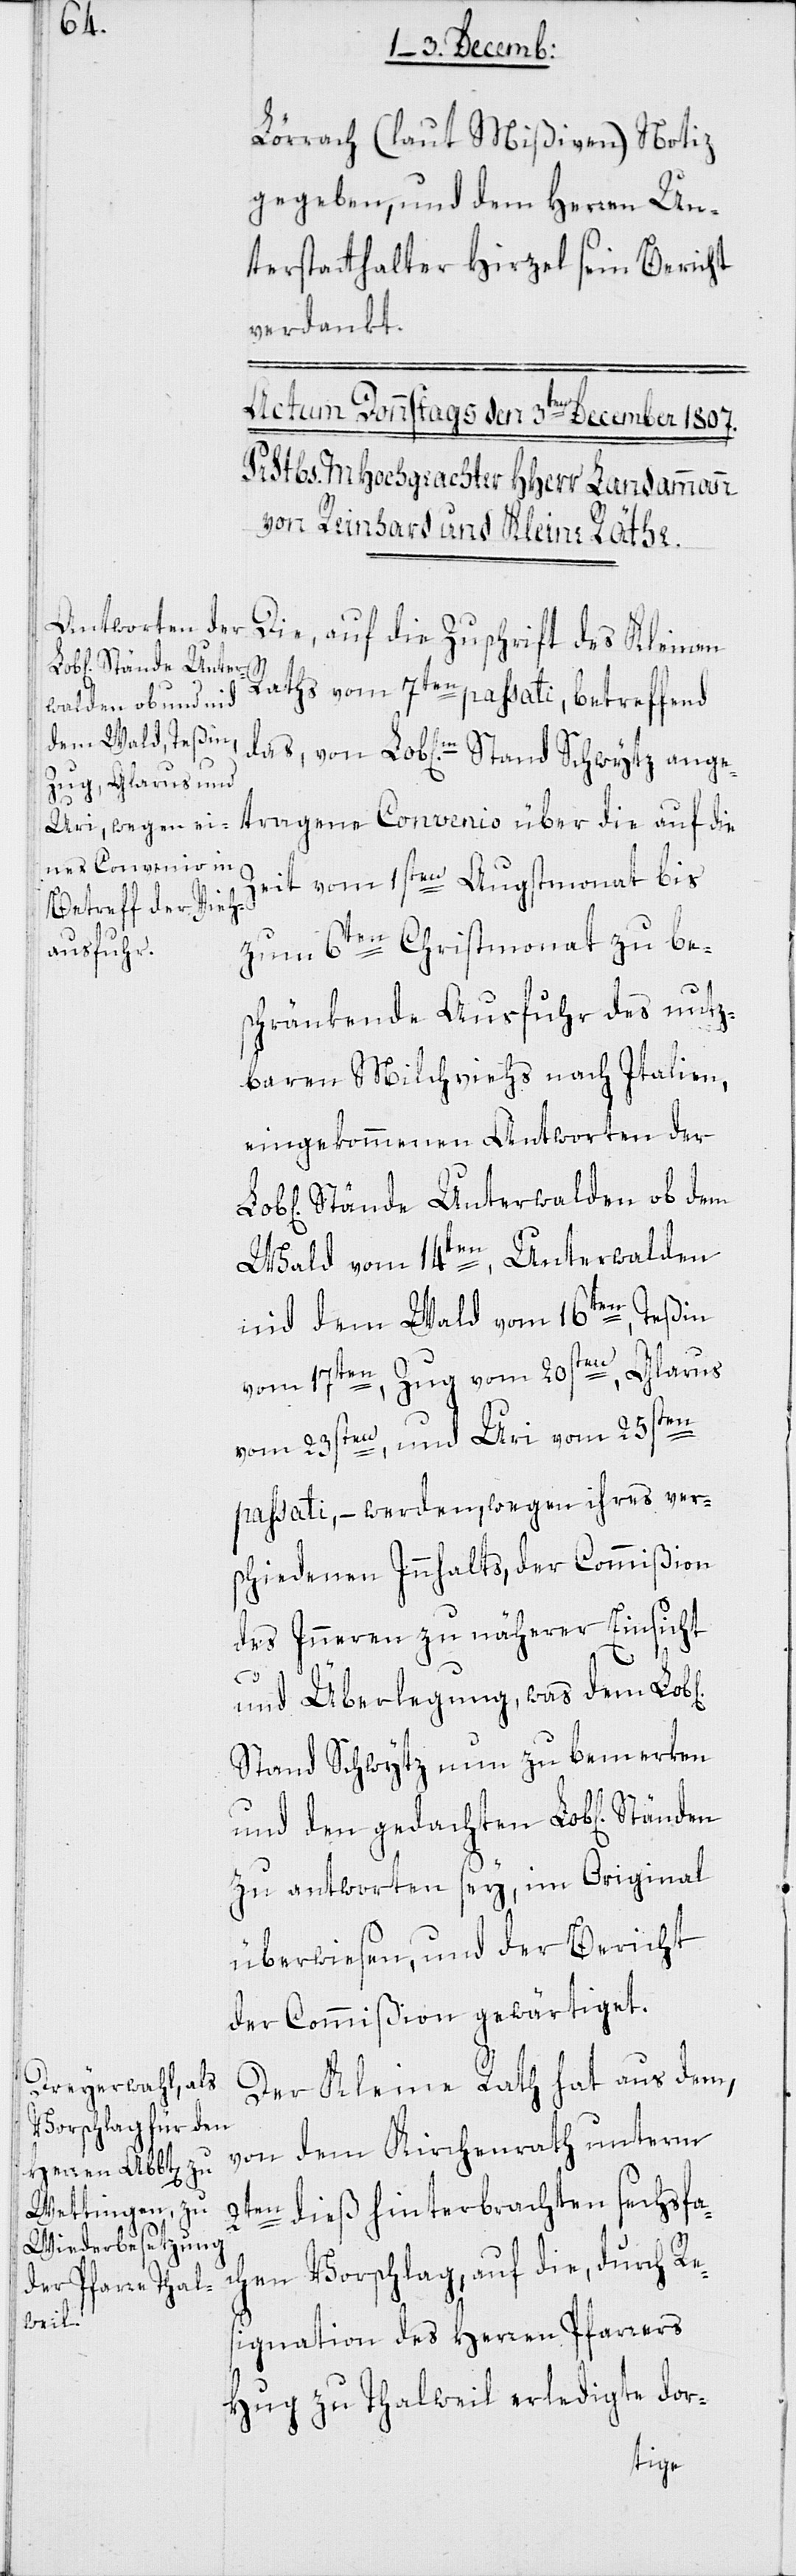
ichen]
Lörrach (laut Mißiven) Notiz
gegeben, und dem Herren Un¬
terstatthalter Hirzel sein Bericht
verdankt.
Die, auf die Zuschrift des Kleinen
Raths vom 7ten passati, betreffend
das von Lob[lichen] Stand Schwytz ange¬
tragene Convenio über die auf die
Zeit vom 1sten Augstmonat bis
zum 6ten Christmonat zu be¬
schränkende Ausfuhr des nutz¬
baren Milchviehs nach Italien,
eingekommenen Antworten der
Stände Unterwalden ob dem
Wald vom 14ten, Unterwalden
nid dem Wald vom 16ten, Teßin
n, Zug vom 20sten, Glarus
vom 17te¬
vom 23sten, und Uri vom 25sten
passati, – werden wegen ihres ver¬
schiedenen Innhalts, der Commißion
des Inneren zu näherer Einsicht
und Überlegung, was dem Lob[l¬
Stand Schwytz nun zu bemerken
und den gedachten Lob[lichen]
zu antworten sey, im Original
überwiesen, und der Bericht
der Commißion gewärtiget.
Der Kleine Rath hat aus dem,
von dem Kirchenrath unterm
2ten dieß hinterbrachten sechsfa¬
chen Vorschlag, auf die, durch Re¬
signation des Herren Pfarrers
Hug zu Thalweil erledigte dor-